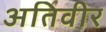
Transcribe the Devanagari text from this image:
अतिवीर